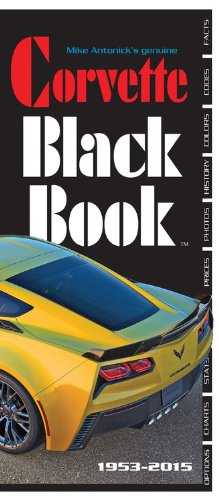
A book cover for Corvette Black Book 1953-2015; Mike Antonick; Engineering & Transportation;